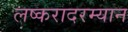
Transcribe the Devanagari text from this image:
लष्करादरम्यान